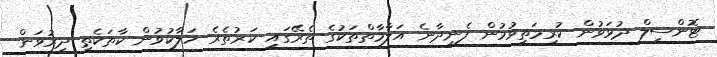
ޓޮންސިލް ދުޅަވުން ކުރިމަތިވުމުން ފެނިދާނެ އަލާމާތްތަކުގެ ތެރޭގައި ކަރުތެރެ ހަލާކުވުން ކާތަކެތި ދިރުވަން